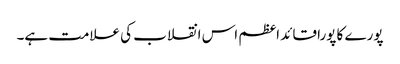
پورے کا پورا قائد اعظم اس انقلاب کی علامت ہے۔